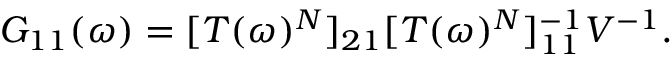
\begin{array} { r } { G _ { 1 1 } ( \omega ) = [ T ( \omega ) ^ { N } ] _ { 2 1 } [ T ( \omega ) ^ { N } ] _ { 1 1 } ^ { - 1 } V ^ { - 1 } . } \end{array}